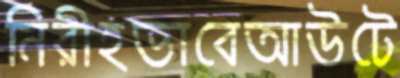
নিরীহভাবেআউটে